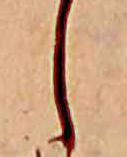
し